Civil Veterinary Dept. Bombay admin report 1923-31 - 1923-1931
Year: 1923
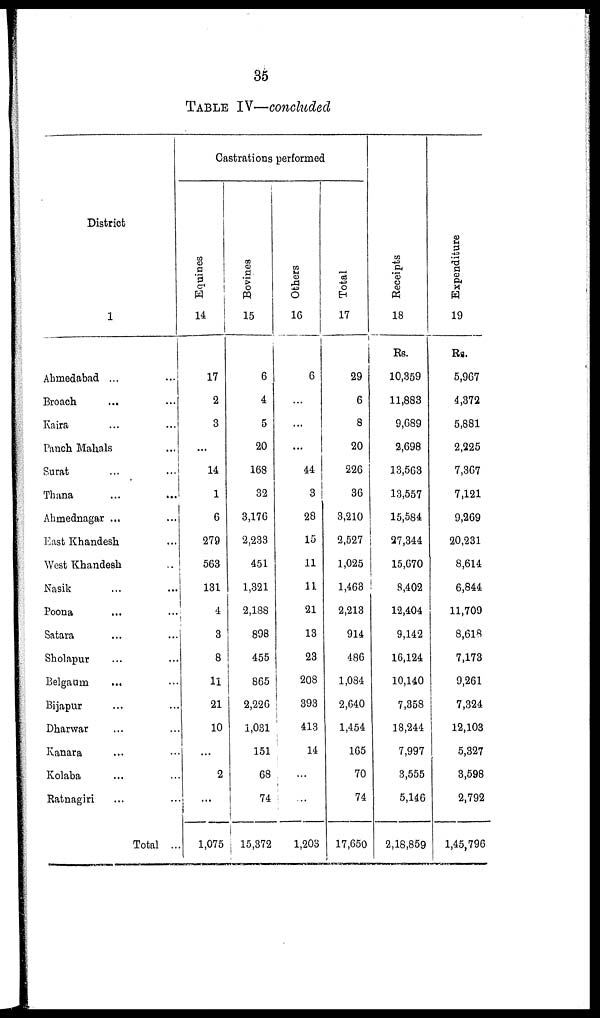
35
TABLE IV—concluded
District
1
Ahmedabad ... ...
Broach ... ...
Kaira ... ...
Punch Mahals
Surat ... ...
Thana ... ...
Ahmednagar ... ...
East Khandesh ...
West Khandesh ...
Nasik ... ...
Poona ... ...
Satara ... ...
Sholapur ... ...
Belgaurn
... ...
Bijapur ... ...
Dharwar ... ...
Kanara ... ...
Kolaba ... ...
Ratnagiri ... ...
Total ...
Castrations performed
Equines
14
17
2
3
...
14
1
6
279
563
131
4
3
8
11
21
10
2
...
1,075
Bovines
15
6
4
5
20
168
32
3,176
2,233
451
1,321
2,188
898
455
865
2,226
1,031
151
68
74
15,372
Others
16
6
...
...
...
44
3
28
15
11
11
21
13
23
208
393
413
14
...
...
1,203
Total
17
29
6
8
20
226
36
3,210
2,527
1,025
1,463
2,213
914
486
1,084
2,640
1,454
165
70
74
17,650
Recei pt s
18
Rs.
10,359
11,883
9,689
2,698
13,563
13,557
15,584
27,344
15,670
8,402
12,404
9,142
16,124
10,140
7,358
18,244
7,997
3,555
5,146
2,18,859
Expenditure
19
Rs.
5,967
4,372
5,881
2,225
7,367
7,121
9,269
20,231
8,614
6,844
11,709
8,618
7,173
9,261
7,324
12,103
5,327
3,598
2,792
1,45,796